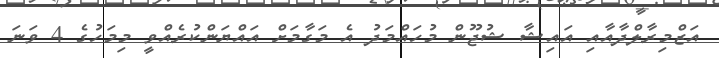
އަޒްމިރާލްދާއާއި އައިޝާ ޝުޖޫން މުހައްމަދު އެ މަގާމަށް އައްޔަންކުރެއްވީ މިމަހުގެ 4 ވަނަ